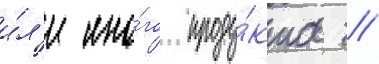
и́л'и ино́го проду́кта //